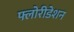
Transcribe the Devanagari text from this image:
फ्लोरीडेशन